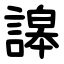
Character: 䜂